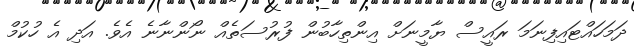
ދަމަހަައްޓައިފިނަމަ ރައީސް ޔާމީނަށް އިންތިހާބުން ފުރުސަތެއް ނޯންނާނެ އެވެ. އަދި އެ ހުކުމް